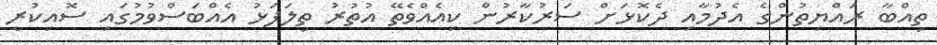
ތިއްބާ ރައްޔިތުންގެ އެދުމާއި ދެކޮޅަށް ސަރުކާރުން ކިއެއްވެތޭ އުތުރު ތިލަފަޅު އެއްބަސްވުމުގައި ސޮއިކުރީ